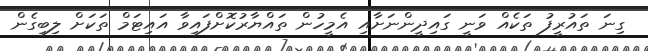
ގިނަ ތައުރީފު ތަކެއް ވަނީ ގައިދީންނަށާއި އެމީހުން ތައްޔާރުކޮށްފައިވާ އައިޓަމް ތަކަށް ލިބިގެން